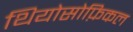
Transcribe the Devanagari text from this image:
थियोसोफ़िकल